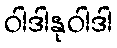
ဝါဒါနုဝါဒါ